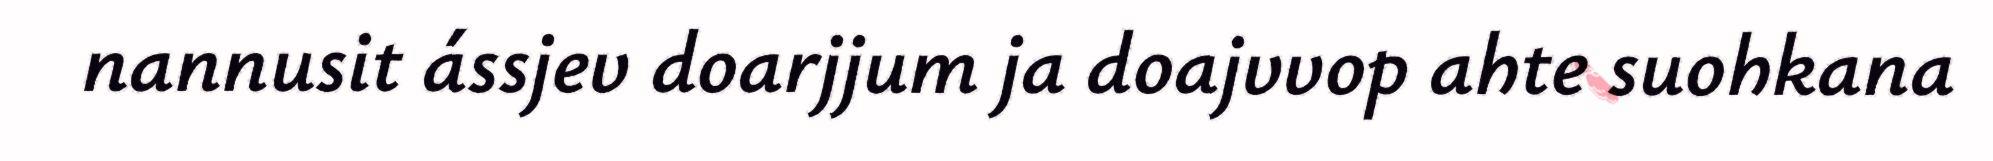
nannusit ássjev doarjjum ja doajvvop ahte suohkana